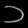
Digit: ၁